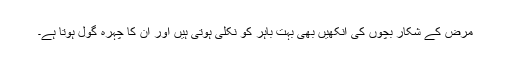
مرض کے شکار بچوں کی آنکھیں بھی بہت باہر کو نکلی ہوتی ہیں اور ان کا چہرہ گول ہوتا ہے۔